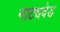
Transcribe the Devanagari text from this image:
नाट्यवेड